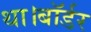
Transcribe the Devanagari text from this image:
था।बॉर्डर